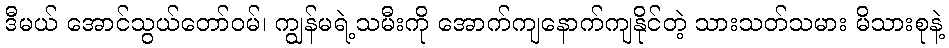
ဒီမယ် အောင်သွယ်တော်ဝမ်၊ ကျွန်မရဲ့သမီးကို အောက်ကျနောက်ကျနိုင်တဲ့ သားသတ်သမား မိသားစုနဲ့